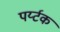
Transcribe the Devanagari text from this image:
पर्य्टक